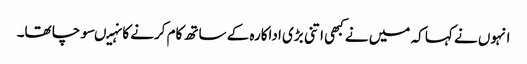
انہوں نے کہا کہ میں نے کبھی اتنی بڑی اداکارہ کے ساتھ کام کرنے کا نہیںسوچا تھا۔